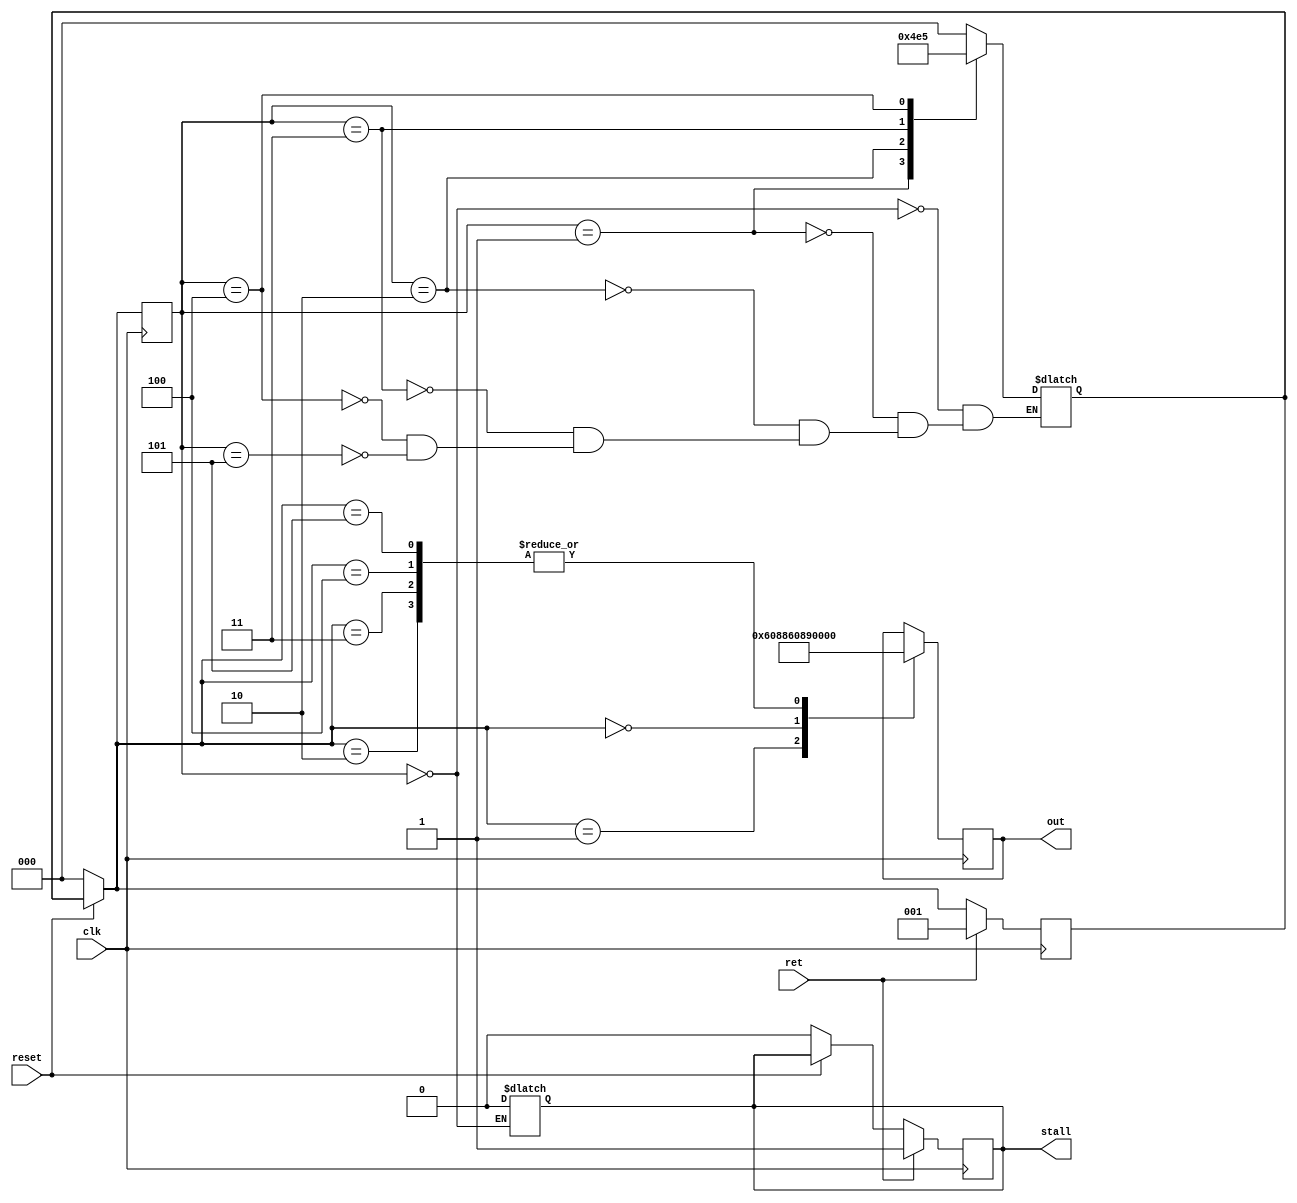
module ret_fsm(reset,ret,clk,out,stall);

parameter POP_PC_HIGH = 3'b0;
parameter POP_PC_LOW = 3'b1;
parameter NOP_STATE_1 = 3'b10; 
parameter NOP_STATE_2 = 3'b11; 
parameter NOP_STATE_3 = 3'b100; 
parameter NOP_STATE_4 = 3'b101; 


parameter POP_PC_HIGH_OP = 16'b0110000010001001;
parameter POP_PC_LOW_OP = 16'b0110000010001000;


input ret,clk,reset;

output reg [15:0]out;
output reg stall;


reg [2:0]current_state;
reg [2:0]next_state;


always @(posedge clk) begin
	if(!reset)begin 
		current_state = POP_PC_HIGH;
		next_state = POP_PC_HIGH;
		stall = 0;
	end
	current_state = next_state;
	if(ret) begin
		next_state = POP_PC_LOW;
		stall = 1;
	end
	case (current_state)
		POP_PC_LOW: 
			out = POP_PC_LOW_OP;
		POP_PC_HIGH:
			out = POP_PC_HIGH_OP;
		NOP_STATE_1:
			out = 16'b0;
		NOP_STATE_2:
			out = 16'b0;
		NOP_STATE_3:
			out = 16'b0;
		NOP_STATE_4:
			out = 16'b0;
	endcase

end

always @(current_state)begin
	case (current_state)
		POP_PC_HIGH: begin
			next_state = POP_PC_HIGH;
			stall = 0;
		end
		POP_PC_LOW:
			next_state = NOP_STATE_1;
		NOP_STATE_1:
			next_state = NOP_STATE_2;
		NOP_STATE_2:
			next_state = NOP_STATE_3;
		NOP_STATE_3:
			next_state = NOP_STATE_4;
		NOP_STATE_4:
			next_state = POP_PC_HIGH;
	endcase
end


endmodule